Code of medical and sanitary regulations for the guidance of medical officers serving in the Madras Presidency - Volume I
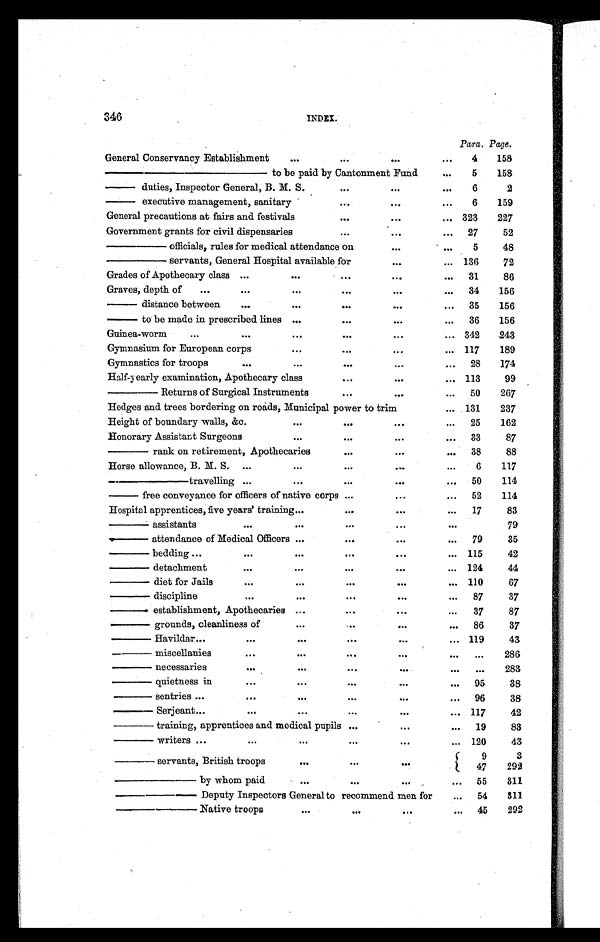
346
INDEX.
Para. Page.
General Conservancy Establishment
...
...
...
. . .
4
158
————— to be paid by Cantonment Fund
. . .
5
158
— duties, Inspector General, B. M. S.
...
...
. . .
6
2
—
executive management, sanitary
...
...
. . .
6
159
General precautions at fairs and festivals
...
...
... 323
227
Government grants for civil dispensaries
...
...
...
27
52
— —
o f f i c i a l s , r u l e s f o r m e d i c a l a t t e n d a n c e o n
...
. . .
5
48
——
servants, General Hospital available for
...
... 136
72
Grades of Apothecary class ...
...
...
...
...
31
86
Graves, depth of
...
...
...
...
...
. . . 34
156
—
d i s t a n c e b e t w e e n
...
...
...
...
...
35
156
— to be made in prescribed lines ...
...
...
. . .
36
156
Guinea-worm
...
...
...
...
...
... 342
243
Gymnasium for European corps
...
...
...
... 117
189
Gymnastics for troops
...
...
...
...
...
28
174
Half-yearly examination, Apothecary class
...
...
... 113
99
— — R e t u r n s o f S u r g i c a l I n s t r u m e n t s
...
...
...
50
267
Hedges and trees bordering on roads, Municipal power to trim
... 131
237
Height of boundary walls, &c.
...
...
...
...
25
162
Honorary Assistant Surgeons
...
...
...
...
33
87
—— rank on retirement, Apothecaries
...
...
...
38
88
Horse allowance, B. M. S.
...
...
...
...
...
6
117
——— travelling ...
...
...
...
...
50
114
— free conveyance for officers of native corps ...
...
...
52
114
Hospital apprentices, five years' training ...
...
...
...
17
83
—— assistants
...
...
...
...
...
79
—— attendance of Medical Officers ...
...
...
...
79
35
—— bedding ...
...
...
...
...
... 115
42
—— detachment
...
...
...
...
... 124
44
— —
d i e t
f o r J a i l s
...
...
...
...
... 110
67
— — d
i s c i p l i n e
...
...
...
...
. . .
87
37
—— establishment, Apothecaries ...
...
...
...
37
87
—— grounds, cleanliness of
...
...
...
...
86
37
—— Havildar ...
. . .
...
...
...
... 119
43
—— miscellanies
...
...
...
...
. . .
...
286
—— necessaries
...
...
. . .
...
. . .
...
283
—— quietness in
. . .
...
. . .
...
...
95
38
—— sentries ...
. . .
...
. . .
...
...
96
38
— —
S e r j e a n t
...
. . .
...
. . .
...
... 117
42
——
training, apprentices and medical pupils ...
...
...
19
83
——
writers ...
. . .
. . .
. . .
...
... 120
43
——
servants, British troops
. . .
. . .
...
9
3
47
292
— — —
b y
w h o m
p a i d
...
. . .
...
...
55
811
——— Deputy Inspectors General to recommend men for
...
54
311
——— Native troops
...
. . .
. . .
. . .
45
292